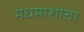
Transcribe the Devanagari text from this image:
मधमाशांचा